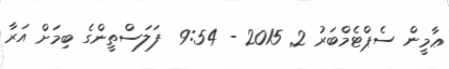
ޢާމީން ސެޕްޓެމްބަރު 2